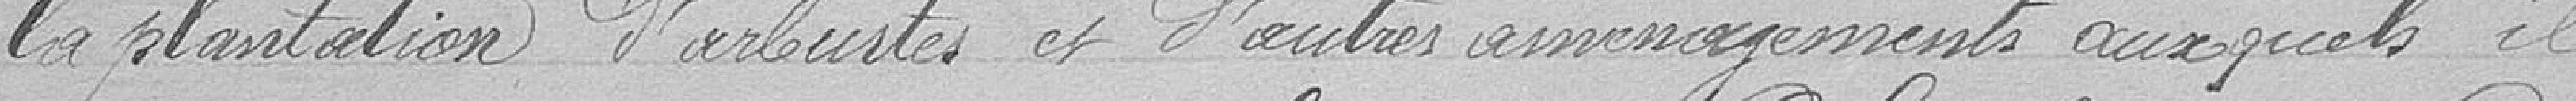
la plantation d'arbustes et d'autres aménagements auxquels il